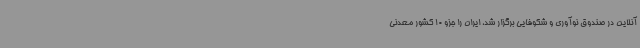
آنلاین در صندوق نوآوری و شکوفایی برگزار شد، ایران را جزو 10 کشور معدنی